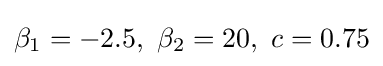
\beta _{1}=-2.5,\ \beta _{2}=20,\ c=0.75